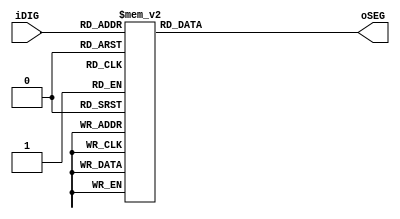
module SEG7_LUT(oSEG, iDIG);
input		[3:0]	iDIG;
output	[6:0]	oSEG;
reg		[6:0]	oSEG;

always @(iDIG)
begin
		case(iDIG)
		4'h1: oSEG = 7'b1111001;	// ---t----
		4'h2: oSEG = 7'b0100100; 	// |	  |
		4'h3: oSEG = 7'b0110000; 	// lt	 rt
		4'h4: oSEG = 7'b0011001; 	// |	  |
		4'h5: oSEG = 7'b0010010; 	// ---m----
		4'h6: oSEG = 7'b0000010; 	// |	  |
		4'h7: oSEG = 7'b1111000; 	// lb	 rb
		4'h8: oSEG = 7'b0000000; 	// |	  |
		4'h9: oSEG = 7'b0011000; 	// ---b----
		4'ha: oSEG = 7'b0001000;
		4'hb: oSEG = 7'b0000011;
		4'hc: oSEG = 7'b1000110;
		4'hd: oSEG = 7'b0100001;
		4'he: oSEG = 7'b0000110;
		4'hf: oSEG = 7'b1111111;
		4'h0: oSEG = 7'b1000000;
		endcase
	/*case(iDIG)
		4'b0000: oSEG <= 7'b1111110;
		4'b0001: oSEG <= 7'b0110000;
		4'b0010: oSEG <= 7'b1101101;
		4'b0011: oSEG <= 7'b1111001;
		4'b0100: oSEG <= 7'b0110011;
		4'b0101: oSEG <= 7'b1011011;
		4'b0110: oSEG <= 7'b1011111;
		4'b0111: oSEG <= 7'b1110000;
		4'b1000: oSEG <= 7'b1111111;
		4'b1001: oSEG <= 7'b1111011;
		4'b1010: oSEG <= 7'b1110111;
		4'b1011: oSEG <= 7'b0011111;
		4'b1100: oSEG <= 7'b1001110;
		4'b1101: oSEG <= 7'b0111101;
		4'b1110: oSEG <= 7'b1001111;
		//4'b1111: oSEG <= 7'b1000111;
		4'b1111: oSEG <= 7'b0000000;
	endcase*/
end

endmodule